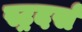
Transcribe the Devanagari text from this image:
स्ट्रदर्स